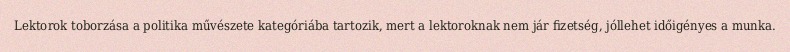
Lektorok toborzása a politika művészete kategóriába tartozik, mert a lektoroknak nem jár fizetség, jóllehet időigényes a munka.